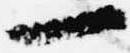
一